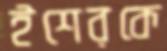
ইশেরকে